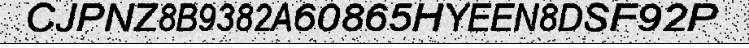
CJPNZ8B9382A60865HYEEN8DSF92P